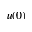
u ( 0 )